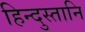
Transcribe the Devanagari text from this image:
हिन्दुस्तानि